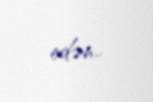
edən..